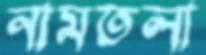
নামতলা